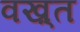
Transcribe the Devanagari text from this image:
वख़्त